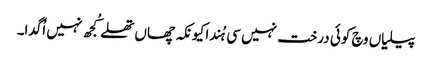
پیلیاں وچ کوئی درخت نہیں سی ہُندا کیونکہ چھاں تھلے کُجھ نہیں اُگدا۔